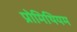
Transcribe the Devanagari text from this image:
प्रोमिथियम